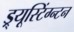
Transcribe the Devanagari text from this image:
ड्र्यूस्टिंग्न्टन